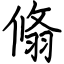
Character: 翛